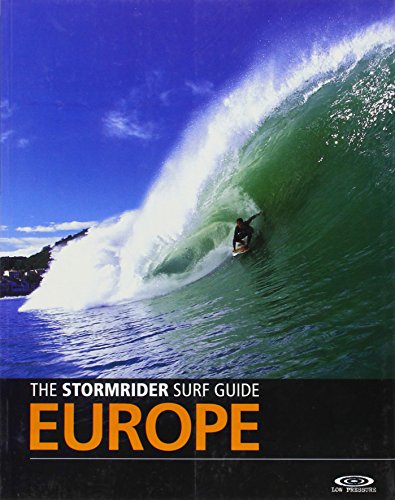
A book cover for The Stormrider Surf Guide Europe (English and French Edition); Travel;